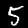
Label: 5